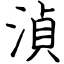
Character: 湞